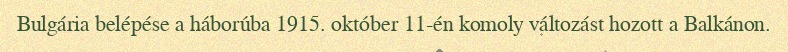
Bulgária belépése a háborúba 1915. október 11-én komoly változást hozott a Balkánon.